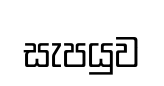
සැපයුව